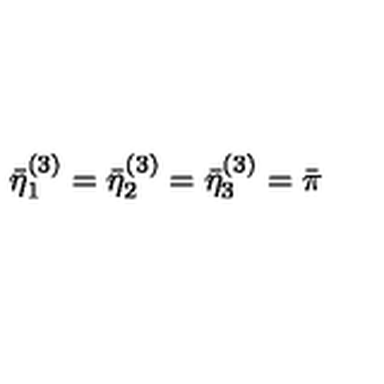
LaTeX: \bar { \eta } _ { 1 } ^ { ( 3 ) } = \bar { \eta } _ { 2 } ^ { ( 3 ) } = \bar { \eta } _ { 3 } ^ { ( 3 ) } = \bar { \pi }